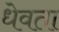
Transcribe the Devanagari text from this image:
धेवता